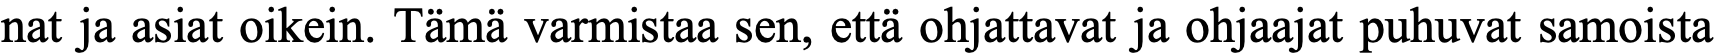
nat ja asiat oikein. Tämä varmistaa sen, että ohjattavat ja ohjaajat puhuvat samoista